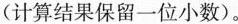
(计算结果保留一位小数)。